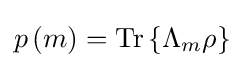
p\left(m\right)={\text{Tr}}\left\{\Lambda _{m}\rho \right\}